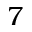
7